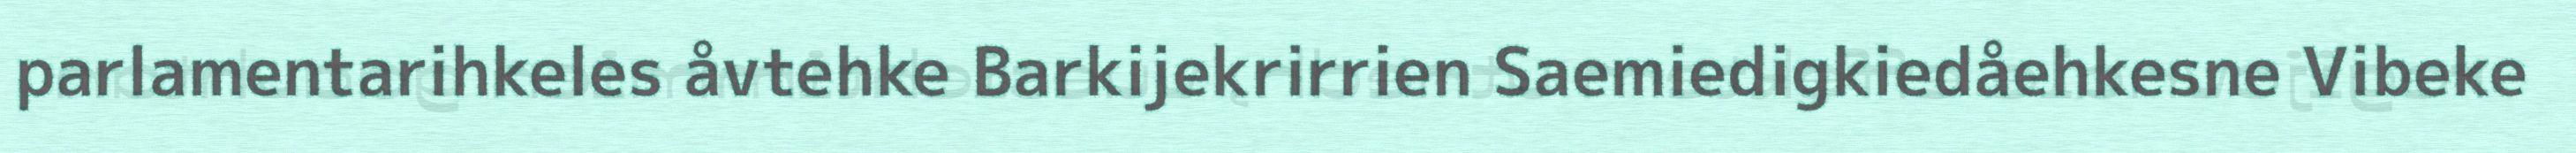
parlamentarihkeles åvtehke Barkijekrirrien Saemiedigkiedåehkesne Vibeke